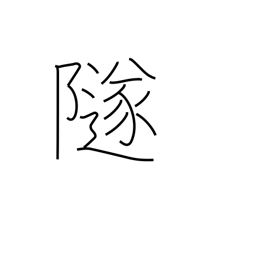
Meaning: fall